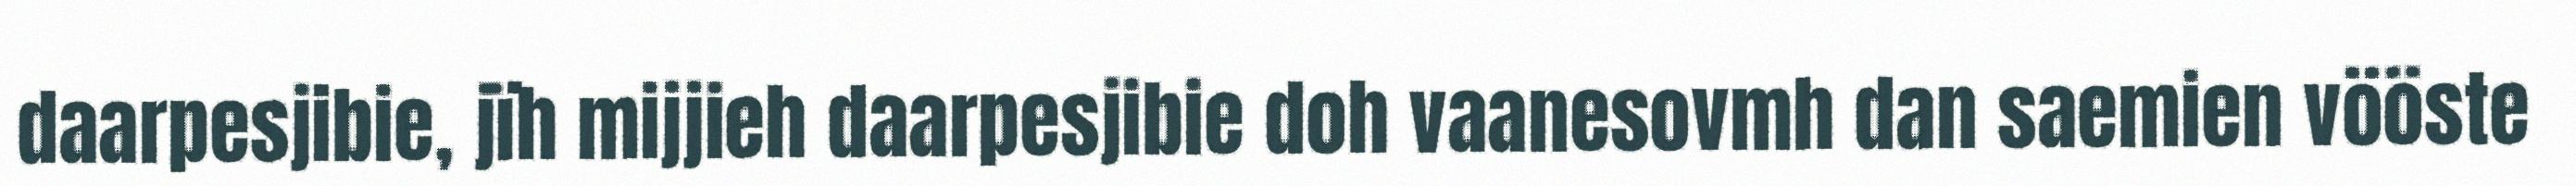
daarpesjibie, jïh mijjieh daarpesjibie doh vaanesovmh dan saemien vööste